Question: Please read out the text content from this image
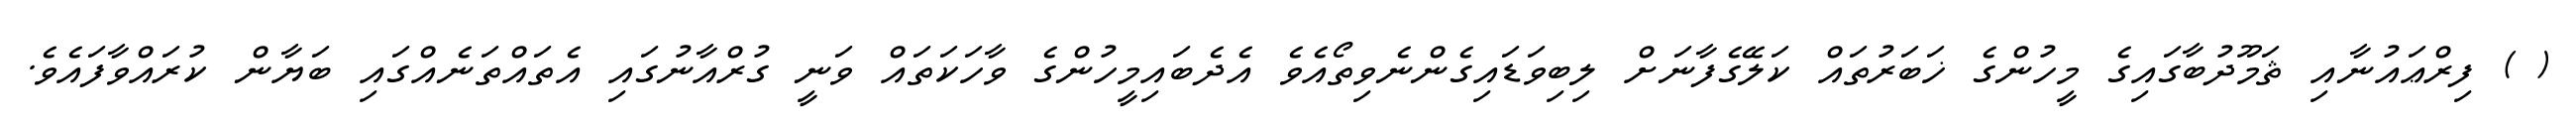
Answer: ( ) ފިރްޢައުނާއި ޘަމޫދުބާގައިގެ މީހުންގެ ޚަބަރުތައް ކަލޭގެފާނަށް ލިބިވަޑައިގެންނެވިތޯއެވެ އެދެބައިމީހުންގެ ވާހަކަތައް ވަނީ ގުރްއާނުގައި އެތައްތަނެއްގައި ބަޔާން ކުރައްވާފައެވެ.